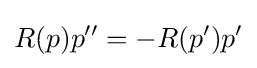
R(p)p''=-R(p')p'